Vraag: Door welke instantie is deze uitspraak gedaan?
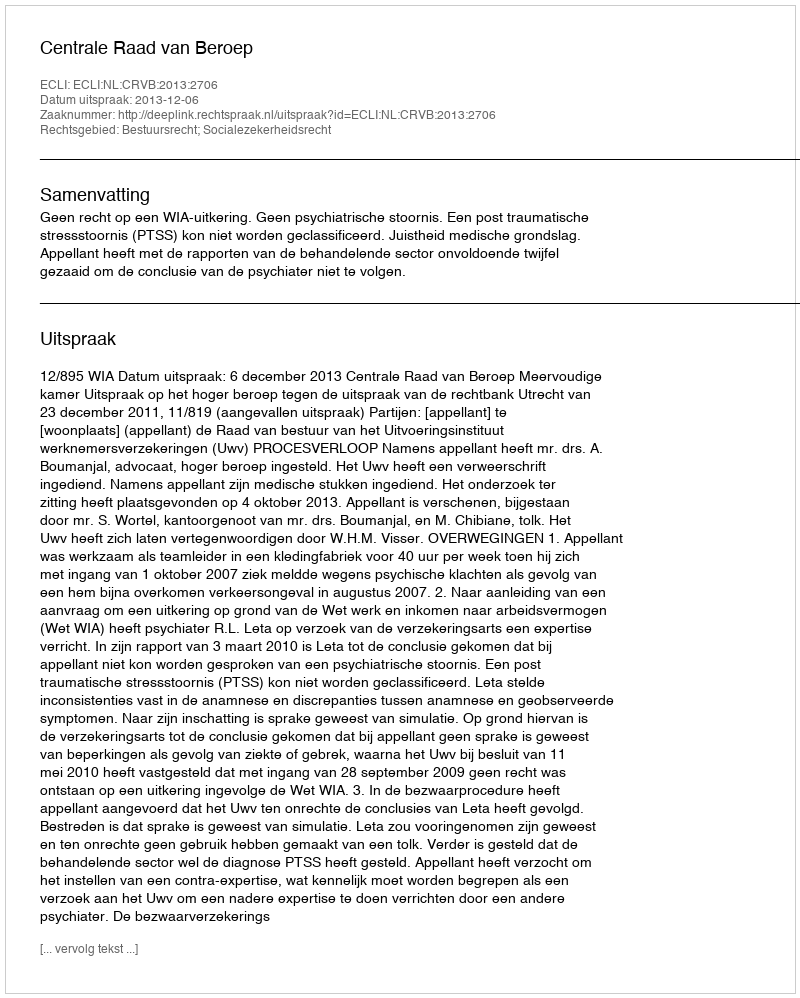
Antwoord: Centrale Raad van Beroep